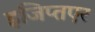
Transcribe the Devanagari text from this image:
इजिप्तएर